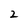
Character: 2